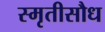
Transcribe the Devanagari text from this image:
स्मृतीसौध